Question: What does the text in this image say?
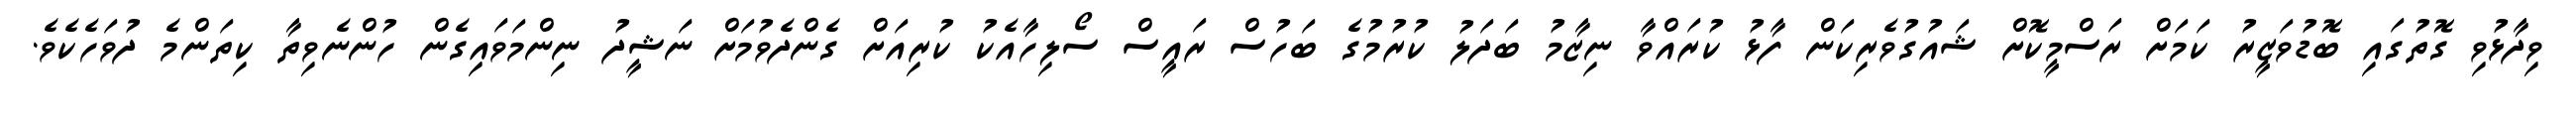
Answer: ވިދާޅުވި ގޮތުގައި ބޮޑުވަޒީރު ކަމަށް ރަސްމީކޮށް ޝައުގުވެރިކަން ފާޅު ކުރައްވާ ނިޒާމު ބަދަލު ކުރުމުގެ ބަހުސް ރައީސް ސޯލިހާއެކު ކުރިއަށް ގެންދެވުމަށް ނަޝީދު ނިންމަވައިގެން ހުންނެވިތާ ކިތަންމެ ދުވަހެކެވެ.